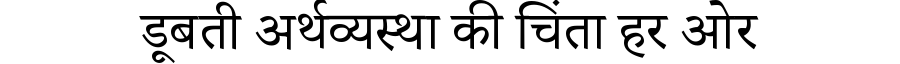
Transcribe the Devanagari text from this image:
डूबती अर्थव्यस्था की चिंता हर ओर